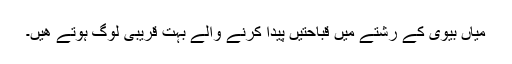
میاں بیوی کے رشتے میں قباحتیں پیدا کرنے والے بہت قریبی لوگ ہوتے ھیں۔